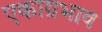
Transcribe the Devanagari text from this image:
एकाग्रभाव